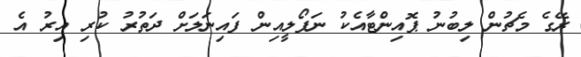
ރޭގެ މެޗުން ލިބުނު ޕޮއިންޓާއެކު ނަޕޯލީއިން ފައިނަލަށް ދަތުރު ކުރި އިރު އެ